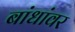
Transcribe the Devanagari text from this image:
बांधांवर